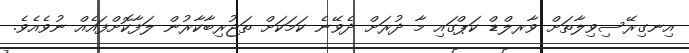
އިނގިރޭސިވިލާތަށް ވާރލްޑް ކަޕްގައި މާ ދުރަށް ދެވޭނެ ކަމަކަށް ތަޖުރިބާކާރުން ލަފާކޮށްފައެއް ނުވެއެވެ.